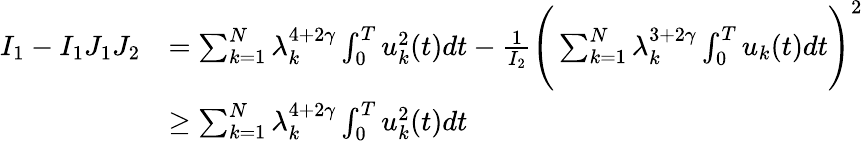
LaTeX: \begin{array}{rl}{I_{1}-I_{1}J_{1}J_{2}}&{=\sum_{k=1}^{N}\lambda_{k}^{4+2\gamma}\int_{0}^{T}u_{k}^{2}(t)dt-\frac{1}{I_{2}}\Bigg(\sum_{k=1}^{N}\lambda_{k}^{3+2\gamma}\int_{0}^{T}u_{k}(t)dt\Bigg)^{2}}\\ &{\ge\sum_{k=1}^{N}\lambda_{k}^{4+2\gamma}\int_{0}^{T}u_{k}^{2}(t)dt}\end{array}